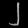
Digit: ၂